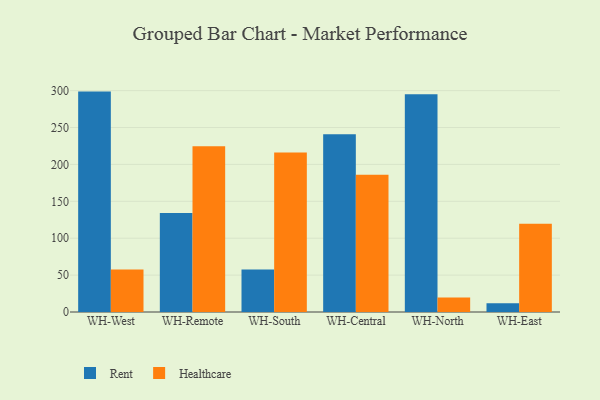
{"axis": {"x": "Warehouse", "y": "Energy Usage (MWh)"}, "legend": ["Healthcare", "Rent"], "data": [{"x": "WH-West", "y": 298.7, "type": "Rent"}, {"x": "WH-West", "y": 57.7, "type": "Healthcare"}, {"x": "WH-Remote", "y": 134.2, "type": "Rent"}, {"x": "WH-Remote", "y": 224.8, "type": "Healthcare"}, {"x": "WH-South", "y": 57.7, "type": "Rent"}, {"x": "WH-South", "y": 216.2, "type": "Healthcare"}, {"x": "WH-Central", "y": 240.8, "type": "Rent"}, {"x": "WH-Central", "y": 186.1, "type": "Healthcare"}, {"x": "WH-North", "y": 295.0, "type": "Rent"}, {"x": "WH-North", "y": 19.7, "type": "Healthcare"}, {"x": "WH-East", "y": 11.9, "type": "Rent"}, {"x": "WH-East", "y": 119.6, "type": "Healthcare"}]}